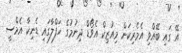
އޭ ގައި ބޭއްވި އެމެރިކަން މިއުޒިކް އެވޯޑް ދިނުމުގެ ހަފްލާގައި ޑެނިކާ އެމްސީ